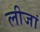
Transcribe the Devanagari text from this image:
लीजां